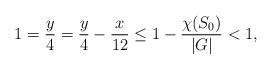
LaTeX: \begin{align*}1={y\over 4}={y\over 4}-{x\over 12}\le 1-{\chi(S_0)\over |G|}<1,\end{align*}